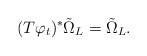
\begin{align*}(T\varphi_t)^* \tilde \Omega_L = \tilde \Omega_L.\end{align*}